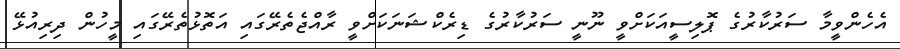
އެހެންވީމާ ސަރުކާރުގެ ޕޮލިސީއަކަށްވީ ނޫނީ ސަރުކާރުގެ ޑިރެކްޝަނަކަށްވީ ރާއްޖެތެރޭގައި އަތޮޅުތެރޭގައި މީހުން ދިރިއުޅޭ